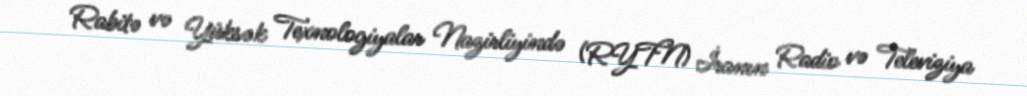
Rabitə və Yüksək Texnologiyalar Nazirliyində (RYTN) İranın Radio və Televiziya